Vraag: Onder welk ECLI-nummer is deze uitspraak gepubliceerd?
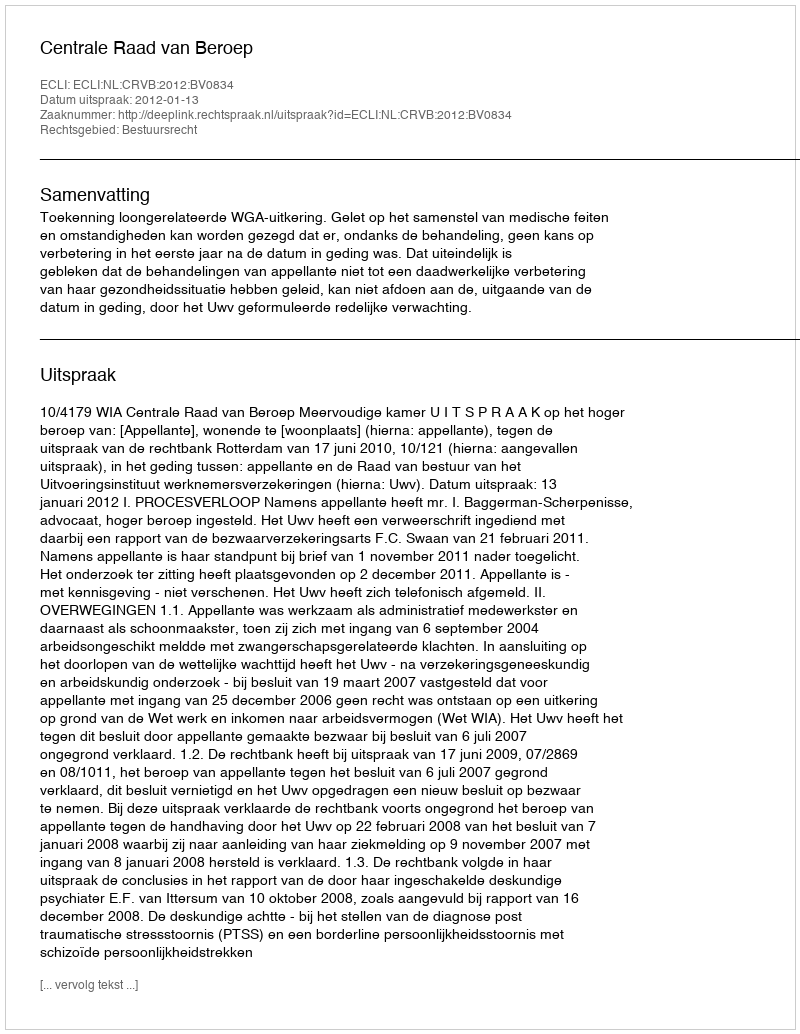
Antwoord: ECLI:NL:CRVB:2012:BV0834